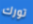
تورك